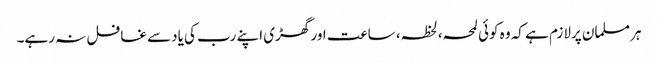
ہر مسلمان پرلازم ہے کہ وہ کوئی لمحہ،لحظہ، ساعت اور گھڑی اپنے رب کی یادسے غافل نہ رہے۔